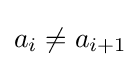
a_{i}\neq a_{i+1}